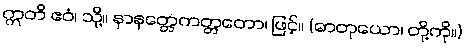
ဣတိ ဧဝံ၊ သို့။ နာနတ္တေကတ္တတော၊ ဖြင့်။ (ဓာတုယော၊ တို့ကို။)